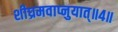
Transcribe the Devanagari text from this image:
शीघ्रमवाप्नुयात्॥४॥